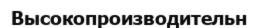
Высокопроизводительн